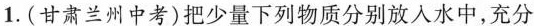
1.(甘肃兰州中考)把少量下列物质分别放入水中，充分